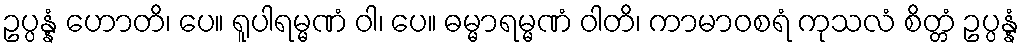
ဥပ္ပန္နံ ဟောတိ၊ ပေ။ ရူပါရမ္မဏံ ဝါ၊ ပေ။ ဓမ္မာရမ္မဏံ ဝါတိ၊ ကာမာဝစရံ ကုသလံ စိတ္တံ ဥပ္ပန္နံ